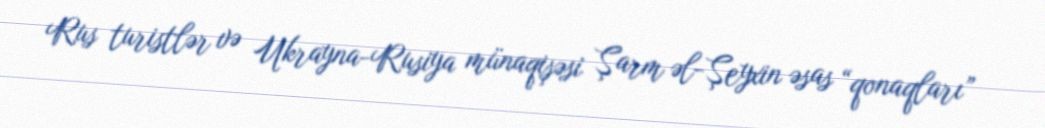
Rus turistlər və Ukrayna-Rusiya münaqişəsi Şarm əl-Şeyxin əsas “qonaqları”